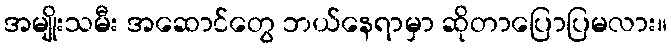
အမျိုးသမီး အဆောင်တွေ ဘယ်နေရာမှာ ဆိုတာပြောပြမလား။